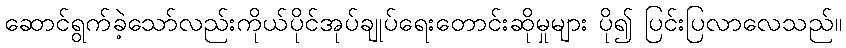
ဆောင်ရွက်ခဲ့သော်လည်းကိုယ်ပိုင်အုပ်ချုပ်ရေးတောင်းဆိုမှုများ ပို၍ ပြင်းပြလာလေသည်။